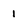
Character: 1